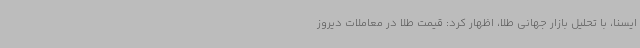
ایسنا، با تحلیل بازار جهانی طلا، اظهار کرد: قیمت طلا در معاملات دیروز